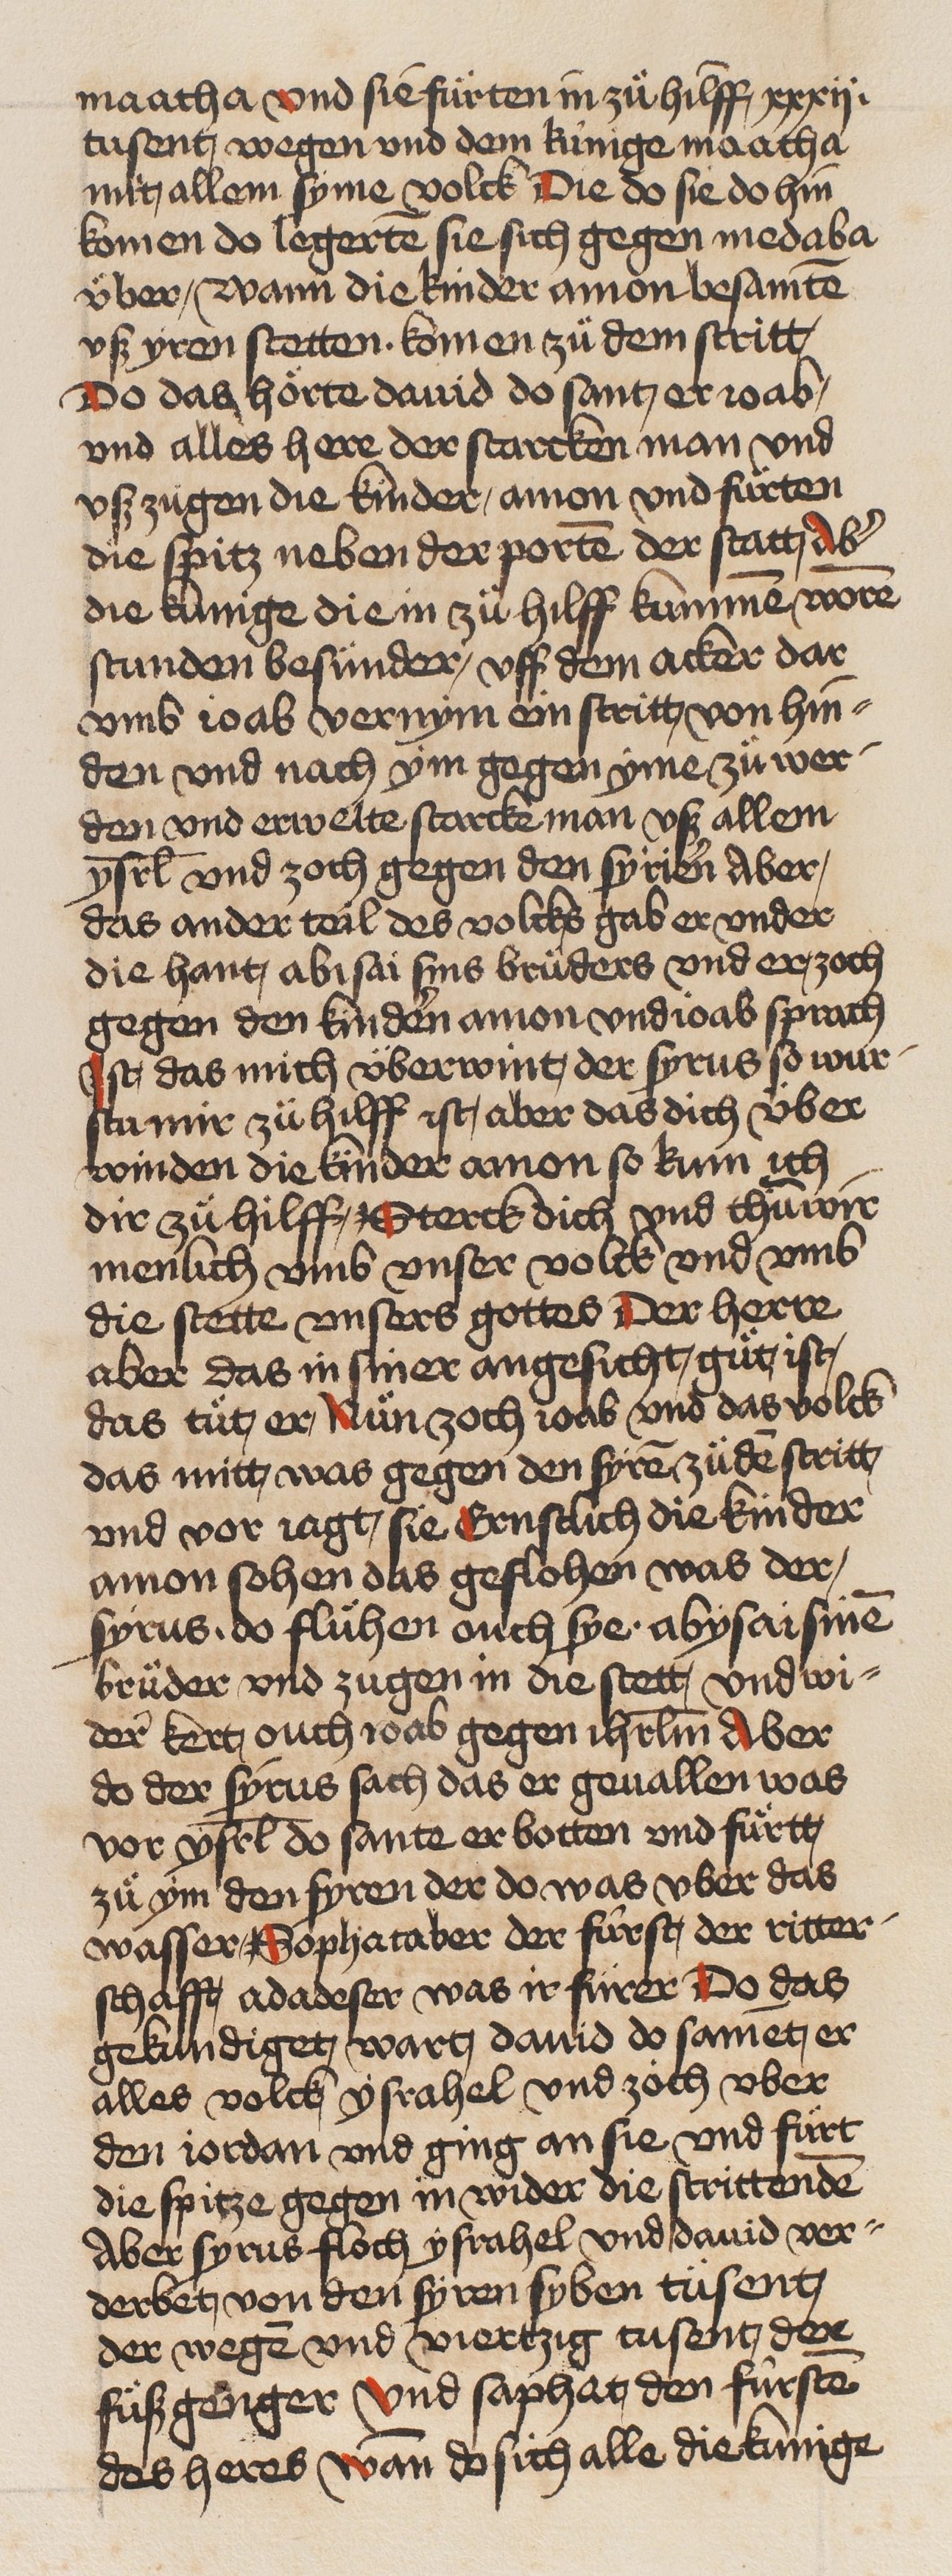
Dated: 1466–1499